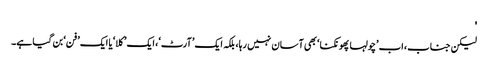
'
لیکن جناب، اب ’چولہا پھونکنا‘ بھی آسان نہیں رہا، بلکہ ایک ’آرٹ‘، ایک ’کلا‘ یا ایک ’فن‘ بن گیا ہے۔